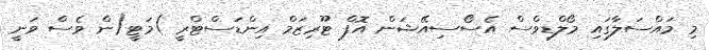
މި މައްސަލާގައި މޯލްޑިވްސް އެސޯސިއޭޝަން އޮފް ޓޫރިޒަމް އިންޑަސްޓްރީ )މަޓީ(ން ވެސް ވަނީ